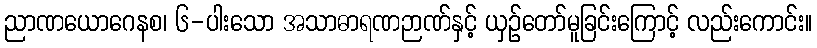
ညာဏယောဂေနစ၊ ၆-ပါးသော အသာဓာရဏဉာဏ်နှင့် ယှဉ်တော်မူခြင်းကြောင့် လည်းကောင်း။